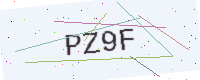
Text: PZ9F